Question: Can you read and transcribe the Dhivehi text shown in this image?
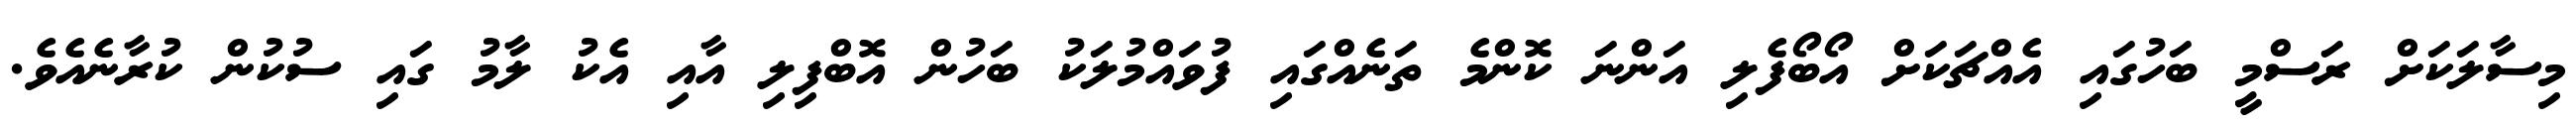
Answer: މިސާލަކަށް ރަސްމީ ބަހުގައި އެއްޗަކަށް އޯބޯފެލި އަންނަ ކޮންމެ ތަނެއްގައި ފުވައްމުލަކު ބަހުން އޮބްފިލި އާއި އެކު ލާމު ގައި ސުކުން ކުރާނެއެވެ.